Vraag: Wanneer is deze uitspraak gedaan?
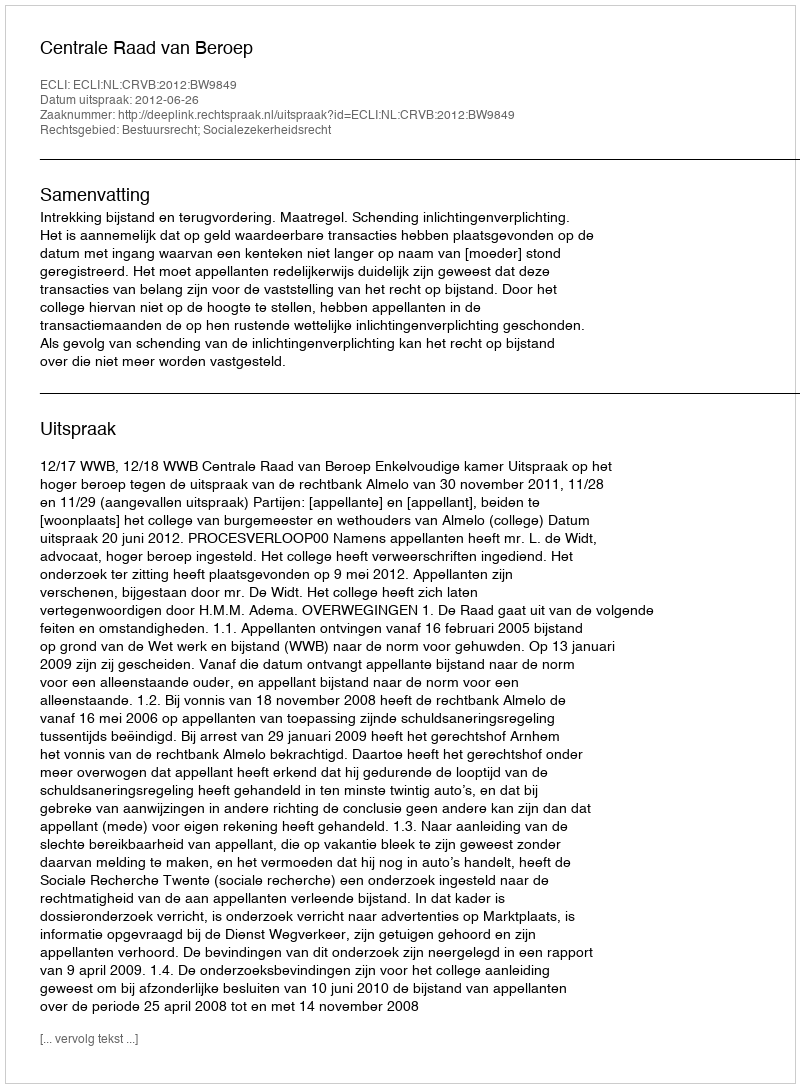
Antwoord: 2012-06-26